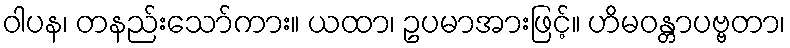
ဝါပန၊ တနည်းသော်ကား။ ယထာ၊ ဥပမာအားဖြင့်။ ဟိမဝန္တာပဗ္ဗတာ၊